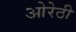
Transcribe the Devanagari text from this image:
ओरेठी